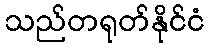
သည်တရုတ်နိုင်ငံ